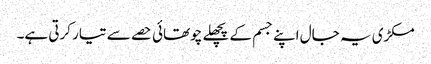
مکڑی یہ جال اپنے جسم کے پچھلے چوتھائی حصے سے تیار کرتی ہے۔